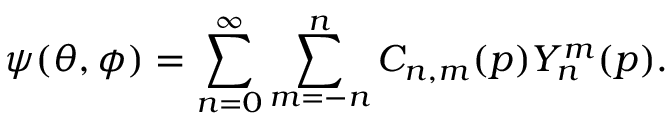
\psi ( \theta , \phi ) = \sum _ { n = 0 } ^ { \infty } \sum _ { m = - n } ^ { n } C _ { n , m } ( \boldsymbol { p } ) Y _ { n } ^ { m } ( \boldsymbol { p } ) .